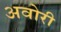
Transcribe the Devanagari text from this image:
अवोरी